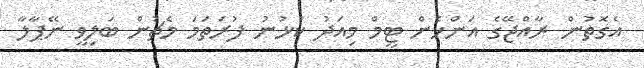
އެގޮތުން ރާއްޖޭގެ އަންހެން ޓީމް މިއަދު ކުޅުނު ފުރަތަމަ މެޗުން ބަލިވީ ނޭޕާލާ